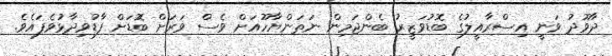
ދާވޫދު ވަނީ އިސްރާއީލުގެ ބޮޑުވަޒީރު ބެންޖަމިން ނަތަންޔާހޫއަށް ވެސް ވަރަށް ބޮޑަށް ފާޑުވިދާޅުވެފައެވެ.